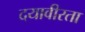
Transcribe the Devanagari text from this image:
दयावीरता